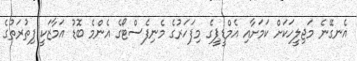
އެނގޭނެ މަޖިލީހަކަށް ކަމަށާއި އެމްޑީޕީގެ މިފަހަރުގެ މެނިފެސްޓޯގެ އެންމެ ބޮޑު އަމާޒަކީ ފިތުރަތުގެ